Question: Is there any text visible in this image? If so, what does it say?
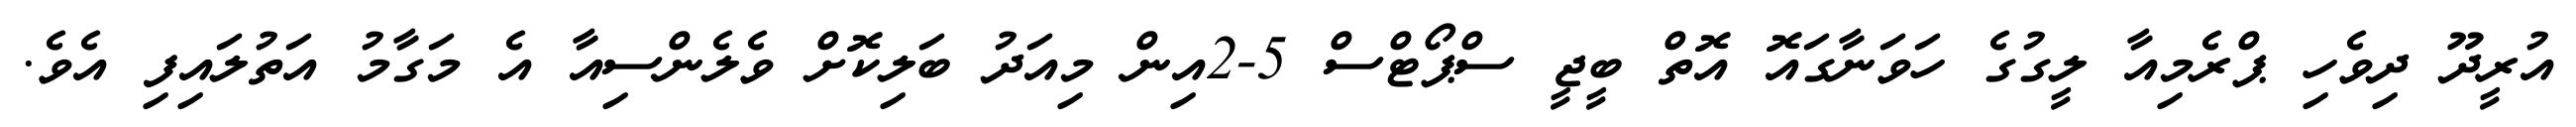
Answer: އުރީދޫ ދިވެހި ޕްރެމިއާ ލީގުގެ ހަވަނާގައޮ އޮތް ބީޖީ ސްޕޯޓްސް 5-2އިން މިއަދު ބަލިކޮށް ވެލެންސިއާ އެ މަގާމު އަތުލައިފި އެވެ.